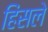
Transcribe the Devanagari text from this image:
हिंसले